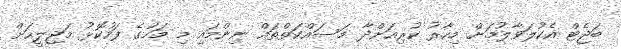
ބަޖެޓް އެކުލަވާލުމަށް މިހާރު ކުރިއަށްދާ މަސައްކަތްތައް ނިންމައި މި މަހުގެ ފަހުކޮޅު މަޖިލީހަށް